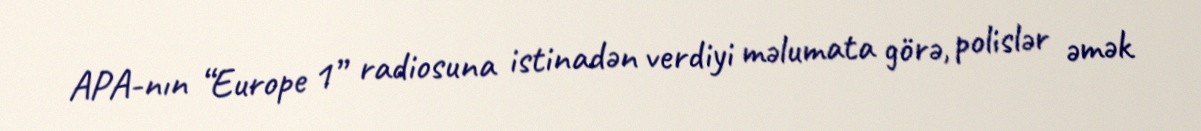
APA-nın “Europe 1” radiosuna istinadən verdiyi məlumata görə, polislər əmək